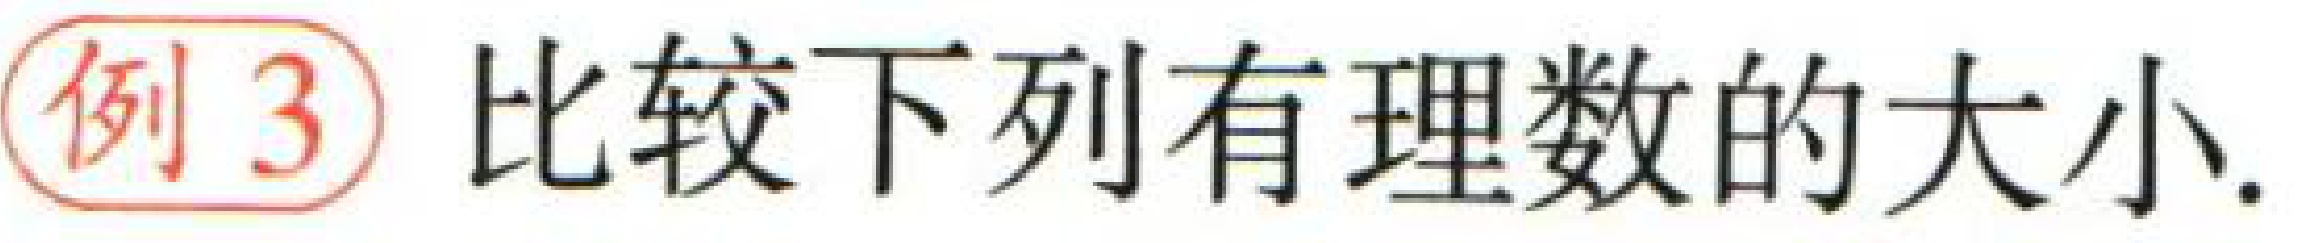
例 3 比较下列有理数的大小.